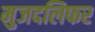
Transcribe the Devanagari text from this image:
मुजदलिफर